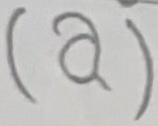
Text: (a)